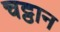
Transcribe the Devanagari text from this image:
चट्ठान